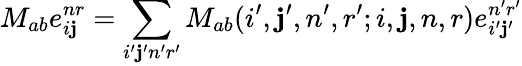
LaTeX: M_{ab}e_{i\mathbf{j}}^{nr}=\sum_{i^{\prime}\mathbf{j}^{\prime}n^{\prime}r^{\prime}}M_{ab}(i^{\prime},\mathbf{j}^{\prime},n^{\prime},r^{\prime};i,\mathbf{j},n,r)e_{i^{\prime}\mathbf{j}^{\prime}}^{n^{\prime}r^{\prime}}